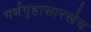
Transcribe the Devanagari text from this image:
गर्भगृहासारखेच